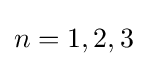
n=1,2,3